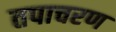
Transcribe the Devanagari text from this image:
तपाचरण